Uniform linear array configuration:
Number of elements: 48
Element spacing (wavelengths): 0.5
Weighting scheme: kaiser
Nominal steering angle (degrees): -45
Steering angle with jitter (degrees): -46.759
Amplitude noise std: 0.05
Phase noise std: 0.05

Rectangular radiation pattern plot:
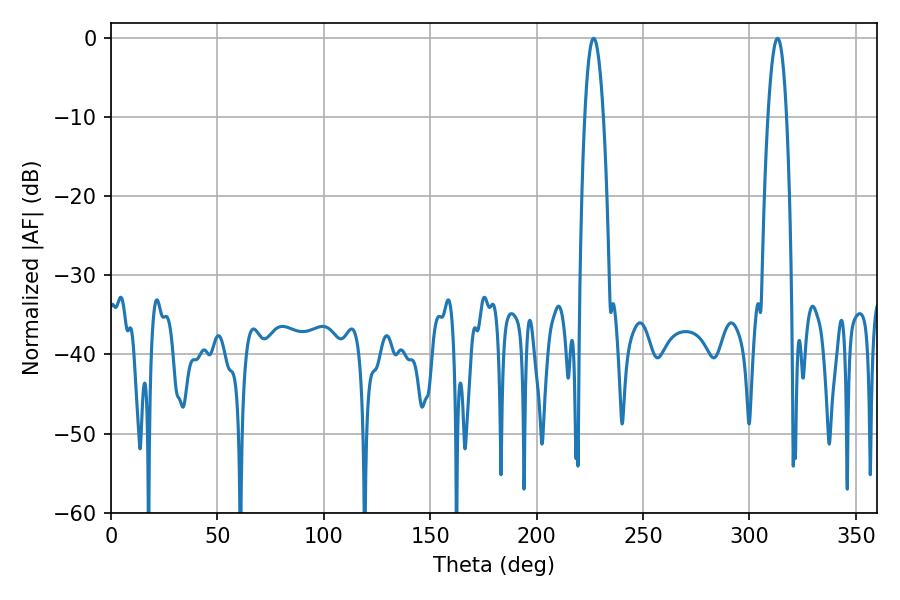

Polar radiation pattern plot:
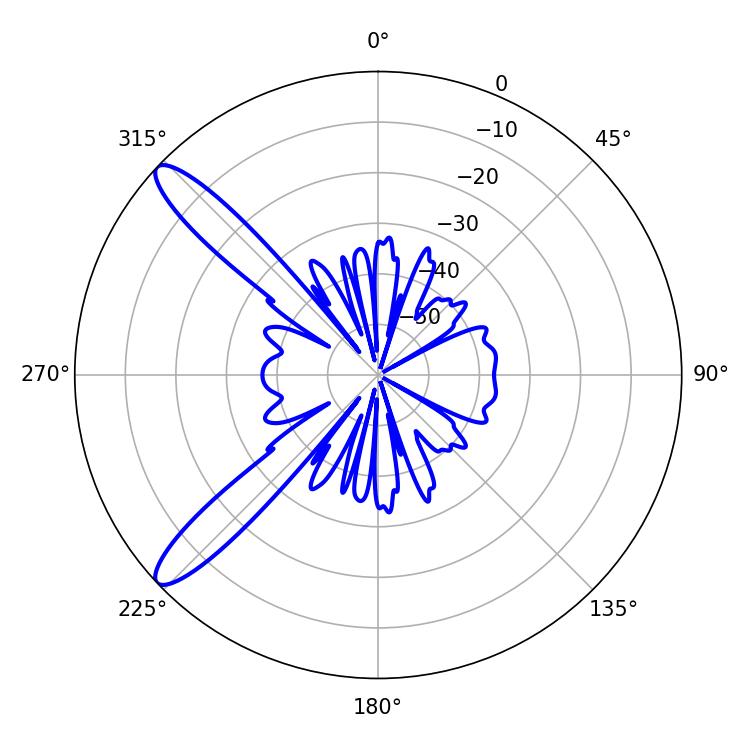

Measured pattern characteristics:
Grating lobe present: FALSE
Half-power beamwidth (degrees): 4.86
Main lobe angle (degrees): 226.8